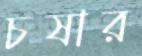
চষার